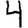
Digit: 4